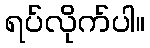
ရပ်လိုက်ပါ။